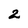
Character: 2